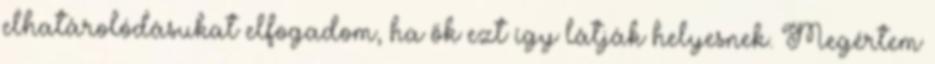
elhatárolódásukat elfogadom, ha ők ezt így látják helyesnek. Megértem